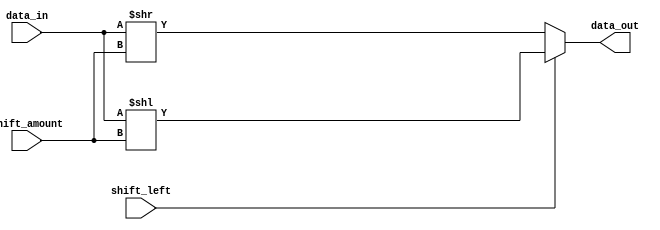
module SparseBarrelShifter (
  input wire [7:0] data_in,
  input wire shift_left,
  input wire [3:0] shift_amount,
  output reg [7:0] data_out
);

always @(*) begin
  if (shift_left) begin
    data_out = data_in << shift_amount;
  end else begin
    data_out = data_in >> shift_amount;
  end
end

endmodule